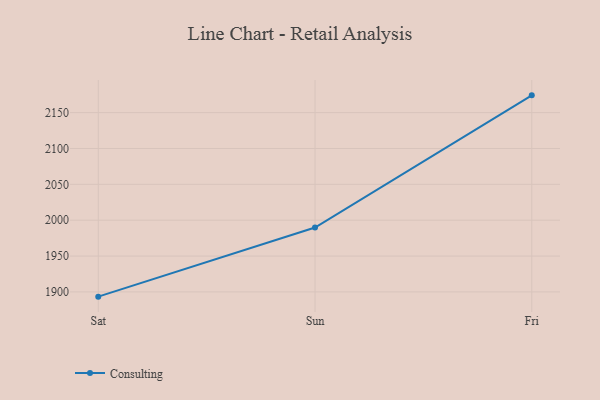
{"axis": {"x": "Day", "y": "Page Views"}, "legend": ["Consulting"], "data": [{"x": "Sat", "y": 1893.4, "type": "Consulting"}, {"x": "Sun", "y": 1989.8, "type": "Consulting"}, {"x": "Fri", "y": 2174.1, "type": "Consulting"}]}